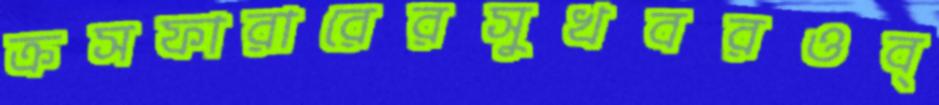
ক্রসফারারেরসুখবরওব্